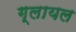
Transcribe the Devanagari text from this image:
ग्लायल